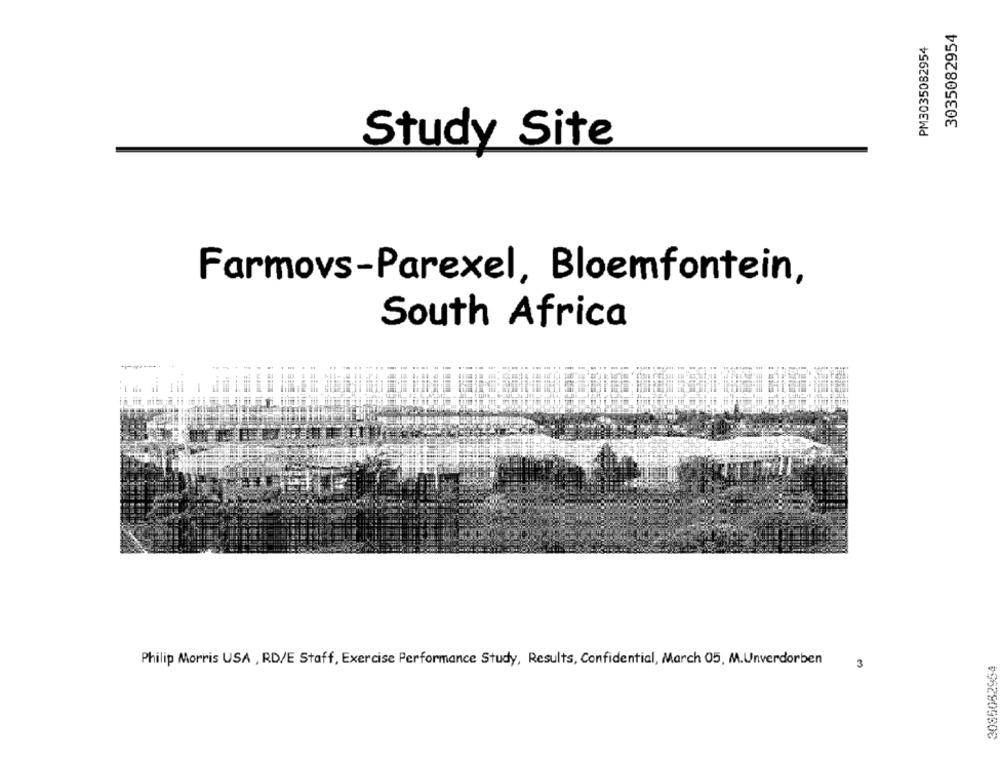
3035082954
PM3035082954
Study Site
Farmovs-Parexel, Bloemfontein,
South Africa
Philip Morris USA , RD/E Staff, Exercise Performance Study, Results, Confidential, March 05, M.Unverdorben
3085082954
3